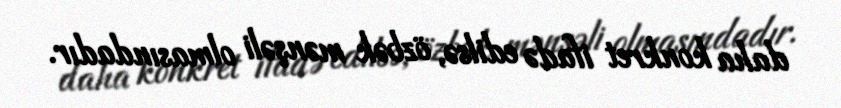
daha konkret ifadə edilsə, özbək mənşəli olmasındadır.